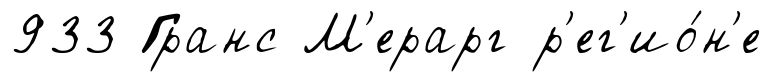
933 Гранс М'ерарг р'ег'ио́н'е